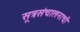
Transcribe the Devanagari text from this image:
सूत्रसंचालनाची